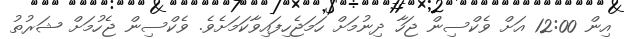
އިން 12:00 އަށް ވެކްސިން ޖަހާ ދިނުމަށް ހަމަޖެހިފައިވާކަމަށެވެ. ވެކްސިން ޖެހުމަށް ޝަރުތު